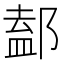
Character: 𨜴